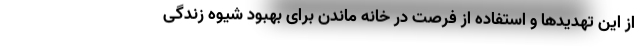
از این تهدیدها و استفاده از فرصت در خانه ماندن برای بهبود شیوه زندگی